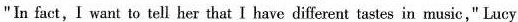
"In fact,I want to tell her that I have different tastes in music," Lucy